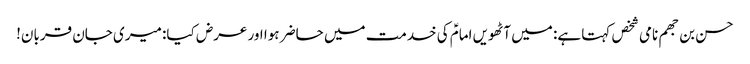
حسن بن جھم نامی شخص کہتا ہے: میں آٹھویں امامؑ کی خدمت میں حاضر ہوا اور عرض کیا: میری جان قربان!